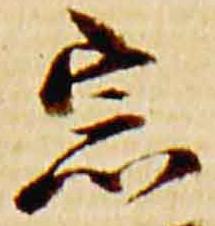
宗